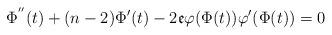
LaTeX: \begin{align*}\Phi^{''}(t)+(n-2)\Phi'(t)-2\mathfrak{e}\varphi(\Phi(t))\varphi'(\Phi(t))=0\end{align*}